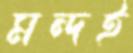
মন্দই